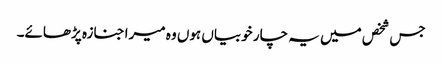
جس شخص میں یہ چار خوبیاں ہوں وہ میرا جنازہ پڑھائے۔